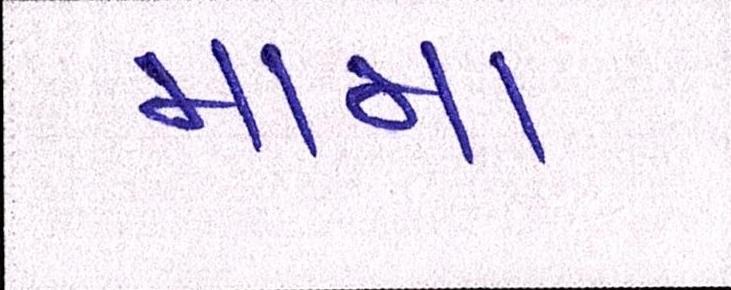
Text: મામા